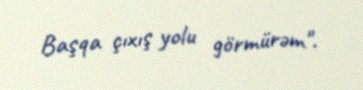
Başqa çıxış yolu görmürəm".